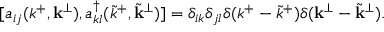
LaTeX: [ a _ { i j } ( k ^ { + } , { \bf k } ^ { \perp } ) , a _ { k l } ^ { \dagger } ( { \tilde { k } } ^ { + } , { \tilde { \bf k } } ^ { \perp } ) ] = \delta _ { i k } \delta _ { j l } \delta ( k ^ { + } - { \tilde { k } } ^ { + } ) \delta ( { \bf k } ^ { \perp } - { \tilde { \bf k } } ^ { \perp } ) .